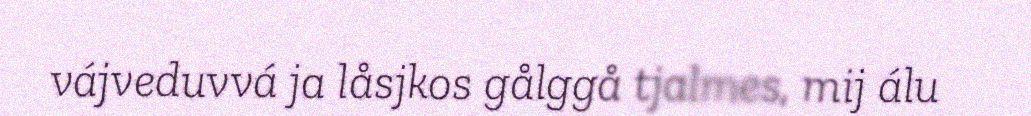
vájveduvvá ja låsjkos gålggå tjalmes, mij álu